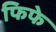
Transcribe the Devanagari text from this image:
फिफे